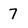
Character: 7